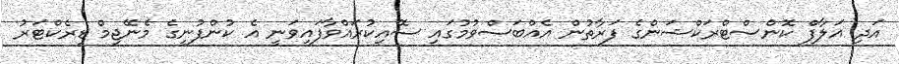
އަދި އަލާފް ކޮންސްޓްރަކްޝަންގެ ފަރާތުން އެއްބަސްވުމުގައި ސޮއިކުރައްވާފައިވަނީ އެ ކުންފުނީގެ މެނޭޖިމް ޑިރެކްޓަރު